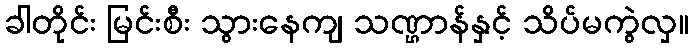
ခါတိုင်း မြင်းစီး သွားနေကျ သဏ္ဌာန်နှင့် သိပ်မကွဲလှ။